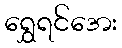
ရွှေရင်အေး